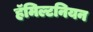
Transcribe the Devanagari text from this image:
हॅमिल्टनियन